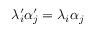
\lambda _ { i } ^ { \prime } \alpha _ { j } ^ { \prime } = \lambda _ { i } \alpha _ { j }